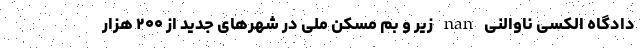
دادگاه الکسی ناوالنی nan زیر و بم مسکن ملی در شهرهای جدید از ۲۰۰ هزار